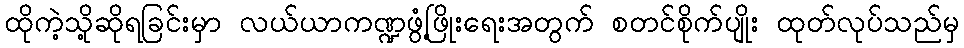
ထိုကဲ့သို့ဆိုရခြင်းမှာ လယ်ယာကဏ္ဍဖွံ့ဖြိုးရေးအတွက် စတင်စိုက်ပျိုး ထုတ်လုပ်သည်မှ